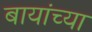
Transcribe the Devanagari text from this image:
बायांच्या